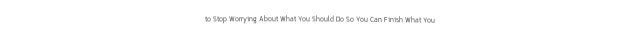
to Stop Worrying About What You Should Do So You Can Finish What You